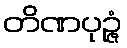
တိဏပုဉ္ဇံ